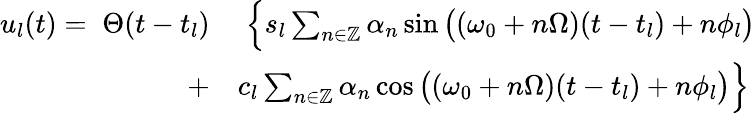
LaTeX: \begin{array}{rl}{u_{l}(t)=\; \Theta(t-t_{l})}&{\; \Big\{ s_{l}\sum_{n\in\mathbb{Z}}\alpha_{n}\sin\big((\omega_{0}+n\Omega)(t-t_{l})+n\phi_{l}\big)}\\ {+}&{c_{l}\sum_{n\in\mathbb{Z}}\alpha_{n}\cos\big((\omega_{0}+n\Omega)(t-t_{l})+n\phi_{l}\big)\Big\} }\end{array}